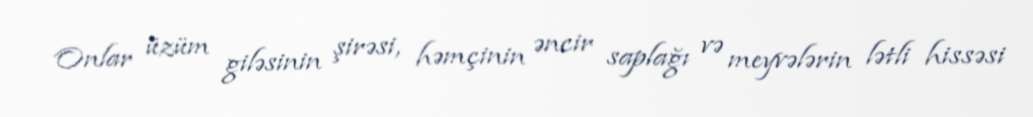
Onlar üzüm giləsinin şirəsi, həmçinin əncir saplağı və meyvələrin lətli hissəsi